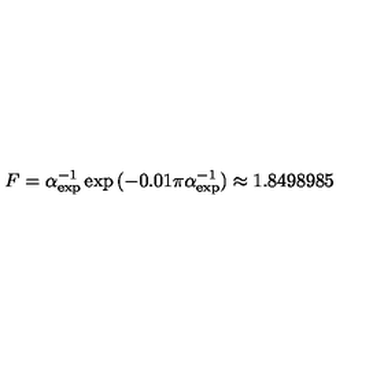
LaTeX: F = \alpha _ { \mathrm { e x p } } ^ { - 1 } \exp { ( - 0 . 0 1 \pi \alpha _ { \mathrm { e x p } } ^ { - 1 } ) } \approx 1 . 8 4 9 8 9 8 5